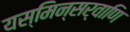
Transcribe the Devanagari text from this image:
यस्मिन्सर्वाणि